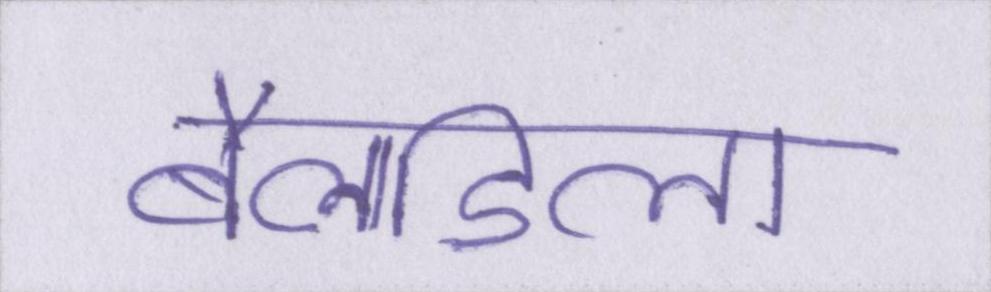
बैलाडिला